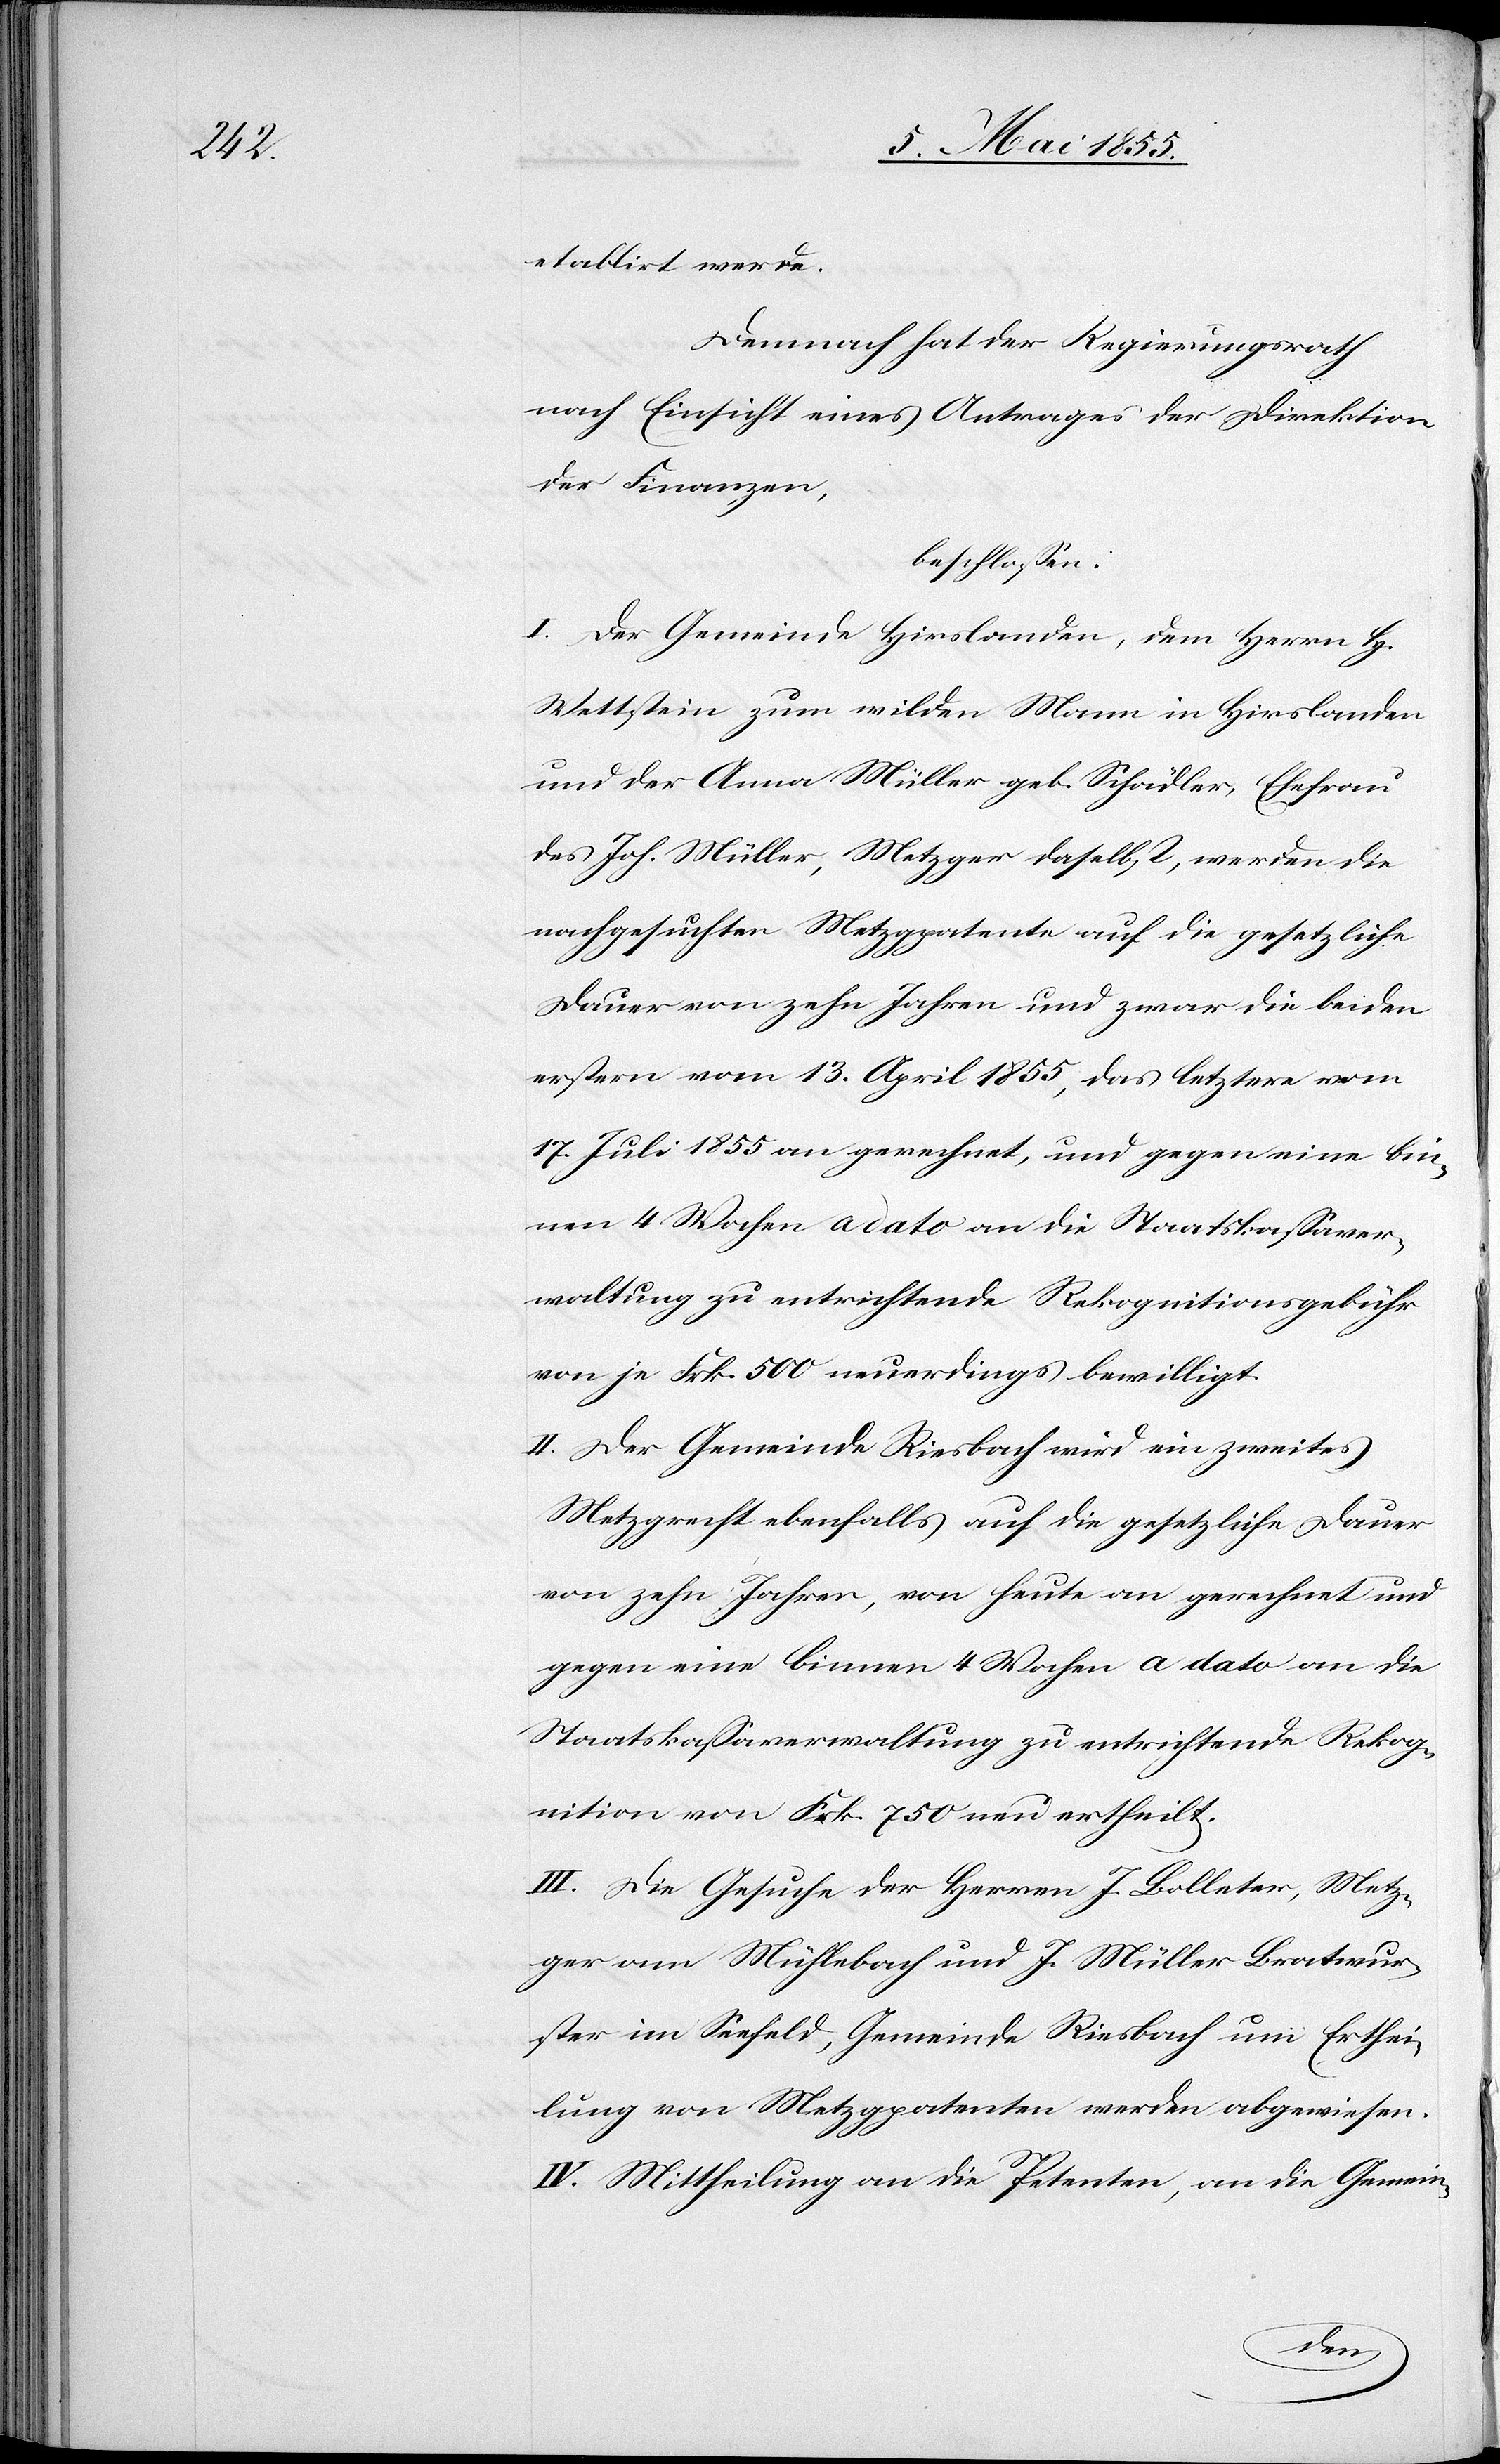
etablirt werde.
Demnach hat der Regierungsrath
nach Einsicht eines Antrages der Direktion
der Finanzen,
beschlossen:
I. Der Gemeinde Hirslanden, dem Herrn H.
Wettstein zum wilden Mann in Hirslanden
und der Anna Müller geb. Schädler, Ehefrau
des Joh. Müller, Metzger daselbst, werden die
nachgesuchten Metzgpatente auf die gesetzliche
Dauer von zehn Jahren und zwar die beiden
erstern vom 13. April 1855, das letztere vom
17. Juli 1855 an gerechnet, und gegen eine bin¬
nen 4 Wochen a dato an die Staatskassaver¬
waltung zu entrichtende Rekognitionsgebühr
von je Frk. 500 neuerdings bewilligt.
II. Der Gemeinde Riesbach wird ein zweites
Metzgrecht ebenfalls auf die gesetzliche Dauer
von zehn Jahren, von heute an gerechnet und
gegen eine binnen 4 Wochen a dato an die
Staatskassaverwaltung zu entrichtende Rekog¬
nition von Frk. 750 neu ertheilt.
III. Die Gesuche der Herren J. Bolleter, Metz¬
ger am Mühlebach und J. Müller Bratwur¬
ster im Seefeld, Gemeinde Riesbach um Erthei¬
lung von Metzgpatenten werden abgewiesen.
IV. Mittheilung an die Petenten, an die Gemein-